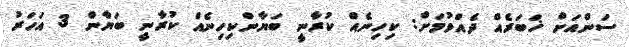
ސަންއަށް ޚަބަރެއް ދެއްވުމަށް: ކިހިނެއް ކުރާނީ ބަޔާންކިހިނެއް ކުރާނީ ބަޔާން 3 އަހަރު